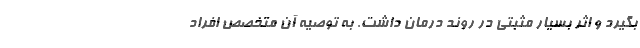
بگیرد و اثر بسیار مثبتی در روند درمان داشت. به توصیه آن متخصص افراد